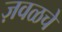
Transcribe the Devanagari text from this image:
ज़वळचे